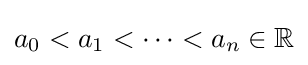
a_{0}<a_{1}<\cdots <a_{n}\in \mathbb {R}